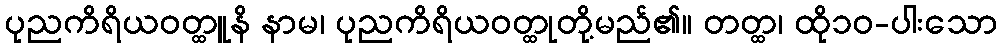
ပုညကိရိယဝတ္ထူနိ နာမ၊ ပုညကိရိယဝတ္ထုတို့မည်၏။ တတ္ထ၊ ထို၁၀-ပါးသော